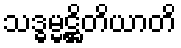
သဒ္ဓမ္မဋ္ဌိတိယာတိ